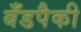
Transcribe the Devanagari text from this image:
बँडपैकी